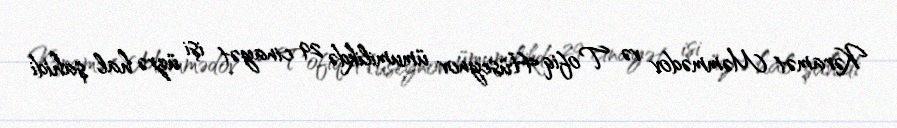
Kəramət Məmmədov və Tofiq Hüseynov ümumilikdə 29 cinayət işi üzrə hal şahidi